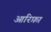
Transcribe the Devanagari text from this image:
आरिफ़ा